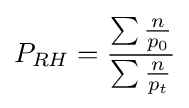
P_{RH}={\frac {\sum {\frac {n}{p_{0}}}}{\sum {\frac {n}{p_{t}}}}}